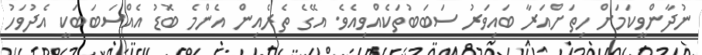
ނުދާންވީކަމަށް ހިތަށްއަރާ ބައިވަރު ސަބަބުތަކެއްވިއެވެ. އޭގެ ތެރެއިން އެންމެ ބޮޑު އެއްސަބަބަކީ އެދުވަހު